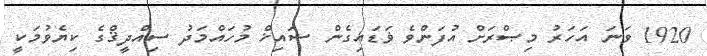
1920 ވަނަ އަހަރު މިޞްރަށް އުފަންވެ ޥަޑައިގެން ޝައިޚް މުހައްމަދު ސިއްދީޤްގެ ކިޔެވުމަކީ